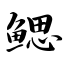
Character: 鳃